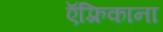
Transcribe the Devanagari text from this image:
ऍफ़्रिकाना